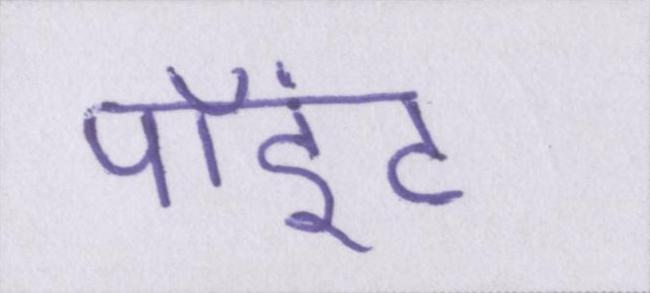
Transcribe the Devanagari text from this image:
पॉइंट